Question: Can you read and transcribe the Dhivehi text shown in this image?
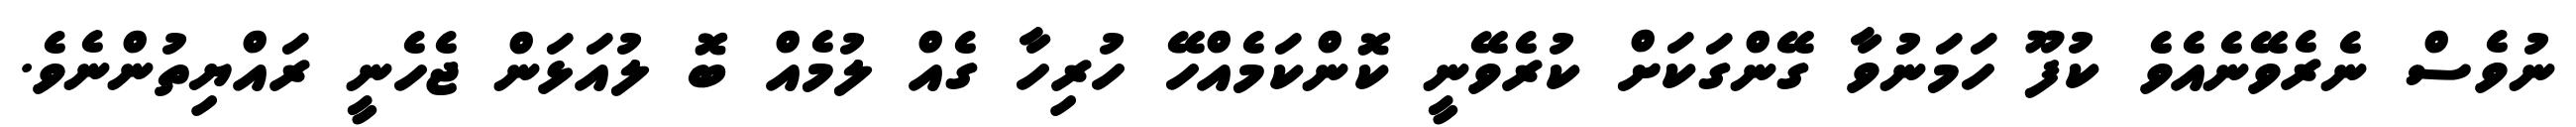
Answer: ނުވެސް ނެރެވޭނެއެވެ ކުފޫ ހަމަނުވާ ގޭންގަކަށް ކުރެވޭނީ ކޮންކަމެއްހޭ ހުރިހާ ގެއް ލުމެއް ބޮ ލުއަޅަން ޖެހެނީ ރައްޔިތުންނެވެ.